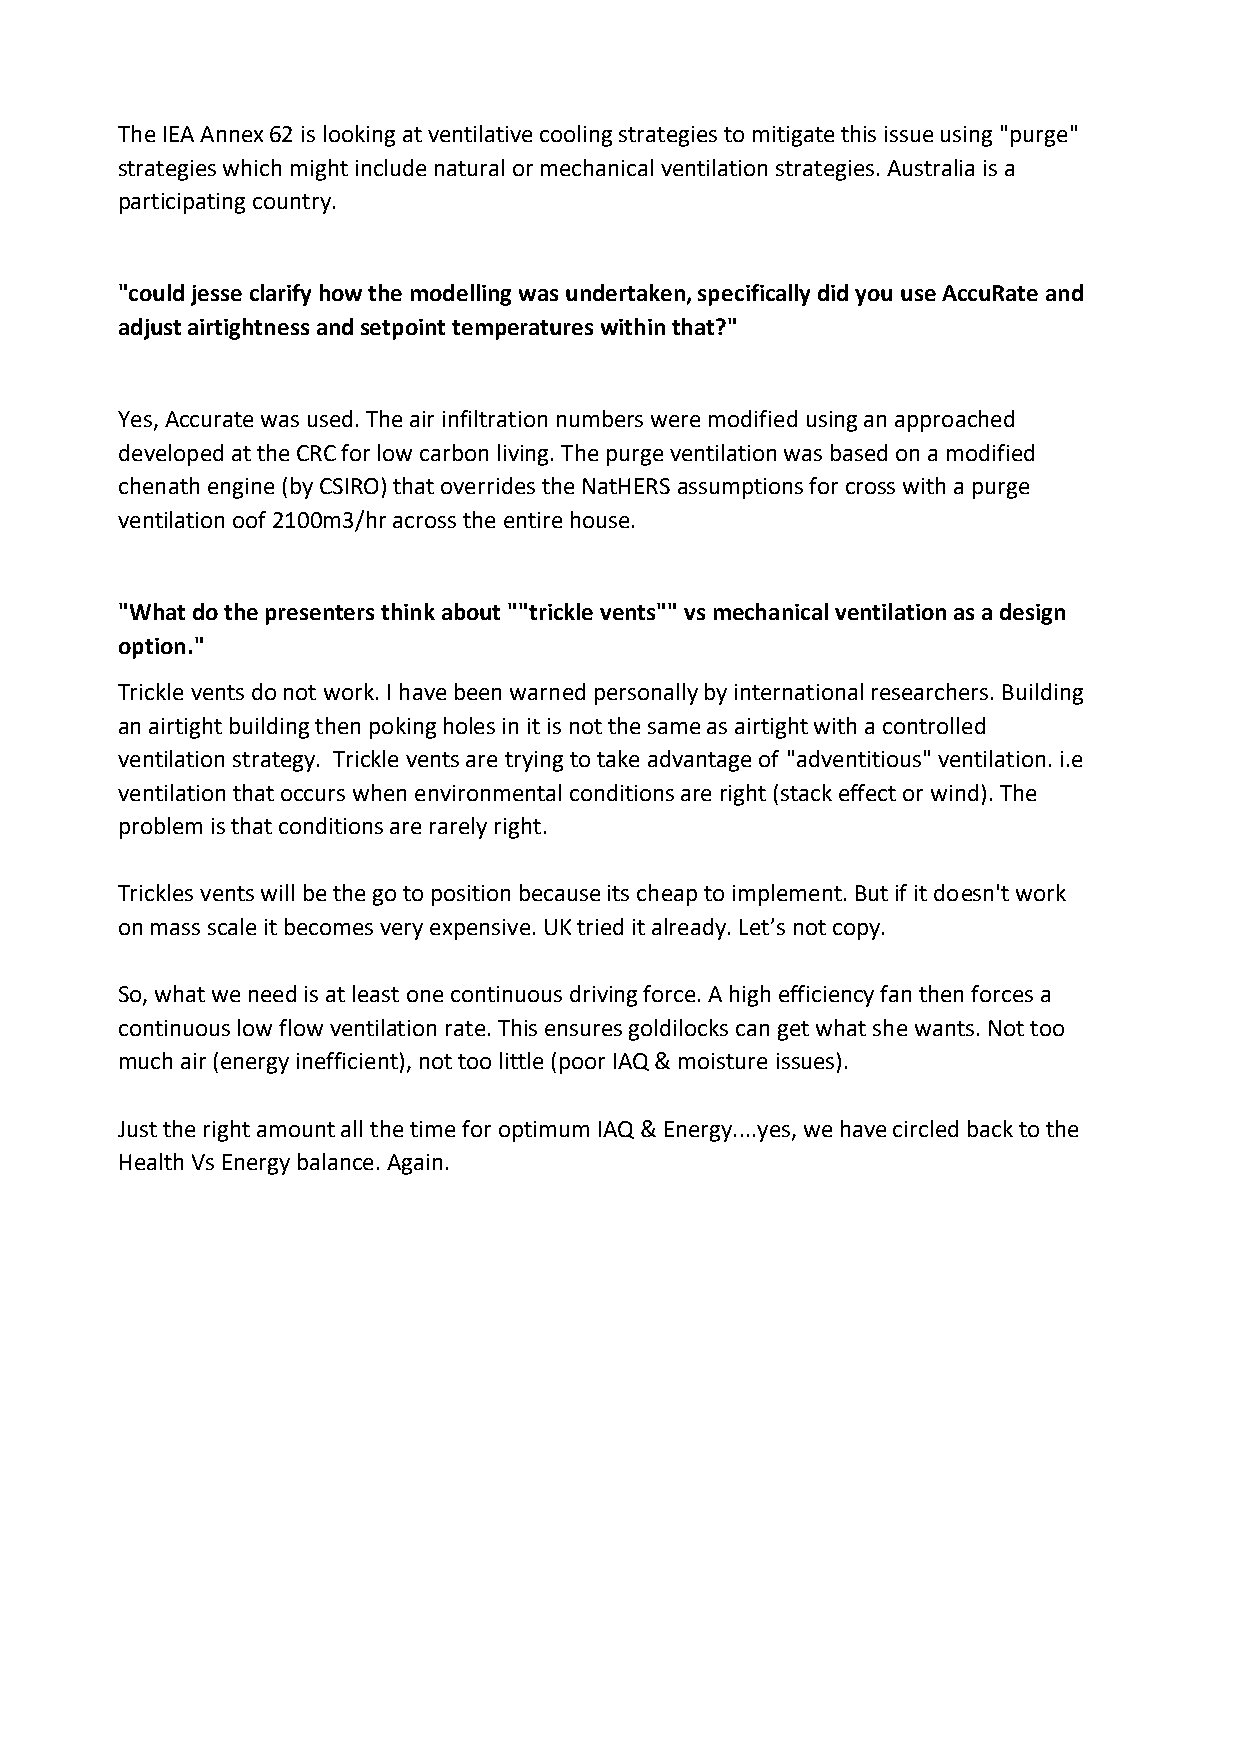
The IEA Annex 62 is looking at ventilative cooling strategies to mitigate this issue using "purge"
 strategies which might include natural or mechanical ventilation strategies. Australia is a
 participating country.
 "could jesse clarify how the modelling was undertaken, specifically did you use AccuRate and
 adjust airtightness and setpoint temperatures within that?"
 Yes, Accurate was used. The air infiltration numbers were modified using an approached
 developed at the CRC for low carbon living. The purge ventilation was based on a modified
 chenath engine (by CSIRO) that overrides the NatHERS assumptions for cross with a purge
 ventilation oof 2100m3/hr across the entire house.
 "What do the presenters think about ""trickle vents"" vs mechanical ventilation as a design
 option."
 Trickle vents do not work. I have been warned personally by international researchers. Building
 an airtight building then poking holes in it is not the same as airtight with a controlled
 ventilation strategy. Trickle vents are trying to take advantage of "adventitious" ventilation. i.e
 ventilation that occurs when environmental conditions are right (stack effect or wind). The
 problem is that conditions are rarely right.
 Trickles vents will be the go to position because its cheap to implement. But if it doesn't work
 on mass scale it becomes very expensive. UK tried it already. Let’s not copy.
 So, what we need is at least one continuous driving force. A high efficiency fan then forces a
 continuous low flow ventilation rate. This ensures goldilocks can get what she wants. Not too
 much air (energy inefficient), not too little (poor IAQ & moisture issues).
 Just the right amount all the time for optimum IAQ & Energy....yes, we have circled back to the
 Health Vs Energy balance. Again.